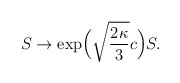
\begin{align*}S\to\exp\!\Big(\sqrt{\frac{2\kappa}{3}}c\Big)S.\end{align*}